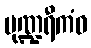
ပုဏ္ဍရီကံဝ